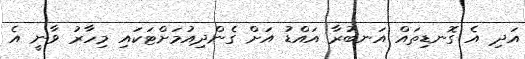
އަދި އެ ގޮނޑިތައް އަނބުރާ އައްޑު އަށް ގެންދިއުމަށްޓަކައި މިހާރު ވާނީ އެ